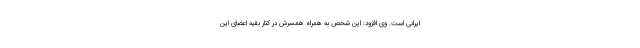
ایرانی است. وی افزود: این شخص به همراه همسرش در کنار بقیه اعضای این